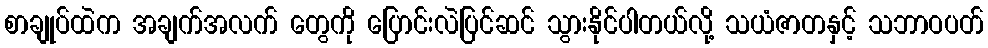
စာချုပ်ထဲက အချက်အလက် တွေကို ပြောင်းလဲပြင်ဆင် သွားနိုင်ပါတယ်လို့ သယံဇာတနှင့် သဘာဝပတ်